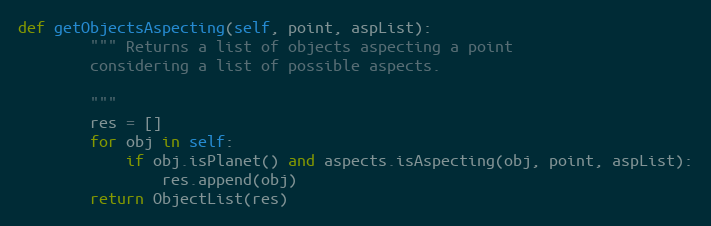
Language: Python
def getObjectsAspecting(self, point, aspList):
        """ Returns a list of objects aspecting a point
        considering a list of possible aspects.

        """
        res = []
        for obj in self:
            if obj.isPlanet() and aspects.isAspecting(obj, point, aspList):
                res.append(obj)
        return ObjectList(res)